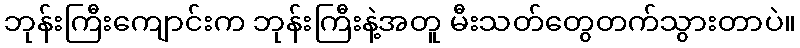
ဘုန်းကြီးကျောင်းက ဘုန်းကြီးနဲ့အတူ မီးသတ်တွေတက်သွားတာပဲ။